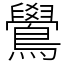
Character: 鷽